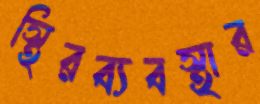
স্থিরব্যবস্থার